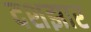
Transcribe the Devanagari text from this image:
दशझार